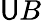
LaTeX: \mathsf{U}B